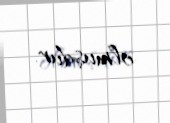
olmuşdur.